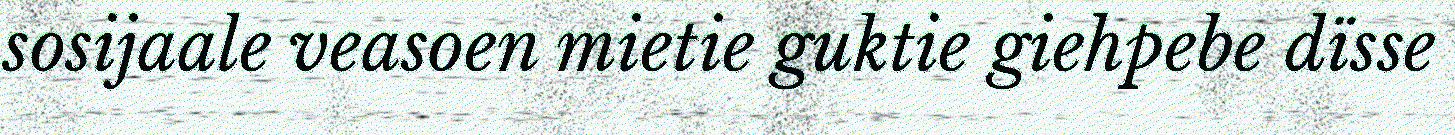
sosijaale veasoen mietie guktie giehpebe dïsse